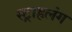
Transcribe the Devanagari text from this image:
स्‍ट्राहलंग